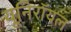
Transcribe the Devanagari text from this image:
यूनिरॉयल